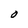
Character: O